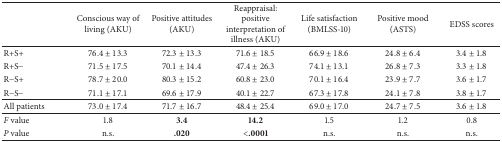
<table><thead><tr><td><b> </b></td><td><b>Conscious way of living (AKU)</b></td><td><b>Positive attitudes (AKU)</b></td><td><b>Reappraisal: positive interpretation of illness (AKU)</b></td><td><b>Life satisfaction (BMLSS-10)</b></td><td><b>Positive mood (ASTS)</b></td><td><b>EDSS scores</b></td></tr></thead><tbody><tr><td>R+S+</td><td>76.4 ± 13.3</td><td>72.3 ± 13.3</td><td>71.6 ± 18.5</td><td>66.9 ± 18.6</td><td>24.8 ± 6.4</td><td>3.4 ± 1.8</td></tr><tr><td>R+S−</td><td>71.5 ± 17.5</td><td>70.1 ± 14.4</td><td>47.4 ± 26.3</td><td>74.1 ± 13.1</td><td>26.8 ± 7.3</td><td>3.3 ± 1.8</td></tr><tr><td> R−S+</td><td>78.7 ± 20.0</td><td>80.3 ± 15.2</td><td>60.8 ± 23.0</td><td>70.1 ± 16.4</td><td>23.9 ± 7.7</td><td>3.6 ± 1.7</td></tr><tr><td> R−S−</td><td>71.1 ± 17.1</td><td>69.6 ± 17.9</td><td>40.1 ± 22.7</td><td>67.3 ± 17.8</td><td>24.1 ± 7.8</td><td>3.8 ± 1.7</td></tr><tr><td>All patients</td><td>73.0 ± 17.4</td><td>71.7 ± 16.7</td><td>48.4 ± 25.4</td><td>69.0 ± 17.0</td><td>24.7 ± 7.5</td><td>3.6 ± 1.8</td></tr><tr><td><i>F</i> value</td><td>1.8</td><td><b>3.4</b></td><td><b>14.2</b></td><td>1.5</td><td>1.2</td><td>0.8</td></tr><tr><td><i>P</i> value</td><td>n.s.</td><td><b>.020</b></td><td><b>&lt;.0001</b></td><td>n.s.</td><td>n.s.</td><td>n.s.</td></tr></tbody></table>